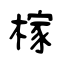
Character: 榢